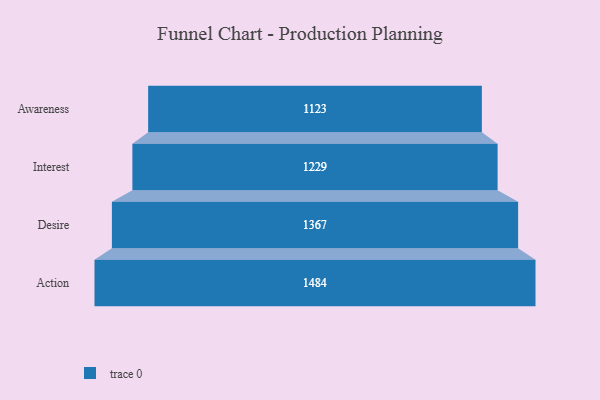
{"axis": {"x": "Stage", "y": "Value"}, "legend": [""], "data": [{"x": "Awareness", "y": 1123.0, "type": ""}, {"x": "Interest", "y": 1229.0, "type": ""}, {"x": "Desire", "y": 1367.0, "type": ""}, {"x": "Action", "y": 1484.0, "type": ""}]}